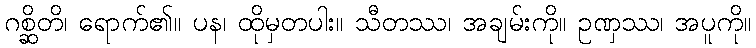
ဂစ္ဆိတိ၊ ရောက်၏။ ပန၊ ထိုမှတပါး။ သီတဿ၊ အချမ်းကို။ ဥဏှဿ၊ အပူကို။